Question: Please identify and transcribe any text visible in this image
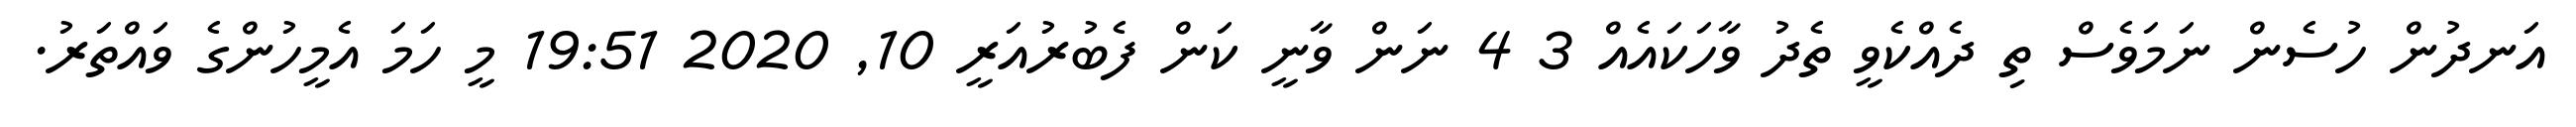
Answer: އަނދުން ހުސެން ނަމަވެސް ތި ދެއްކެވީ ތެދު ވާހަކައެއް 3 4 ނަން ވާނީ ކަން ފެބުރުއަރީ 10, 2020 19:51 މީ ހަމަ އެމީހުންގެ ވައްތަރު.